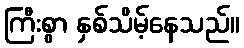
ကြီးစွာ နှစ်သိမ့်နေသည်။